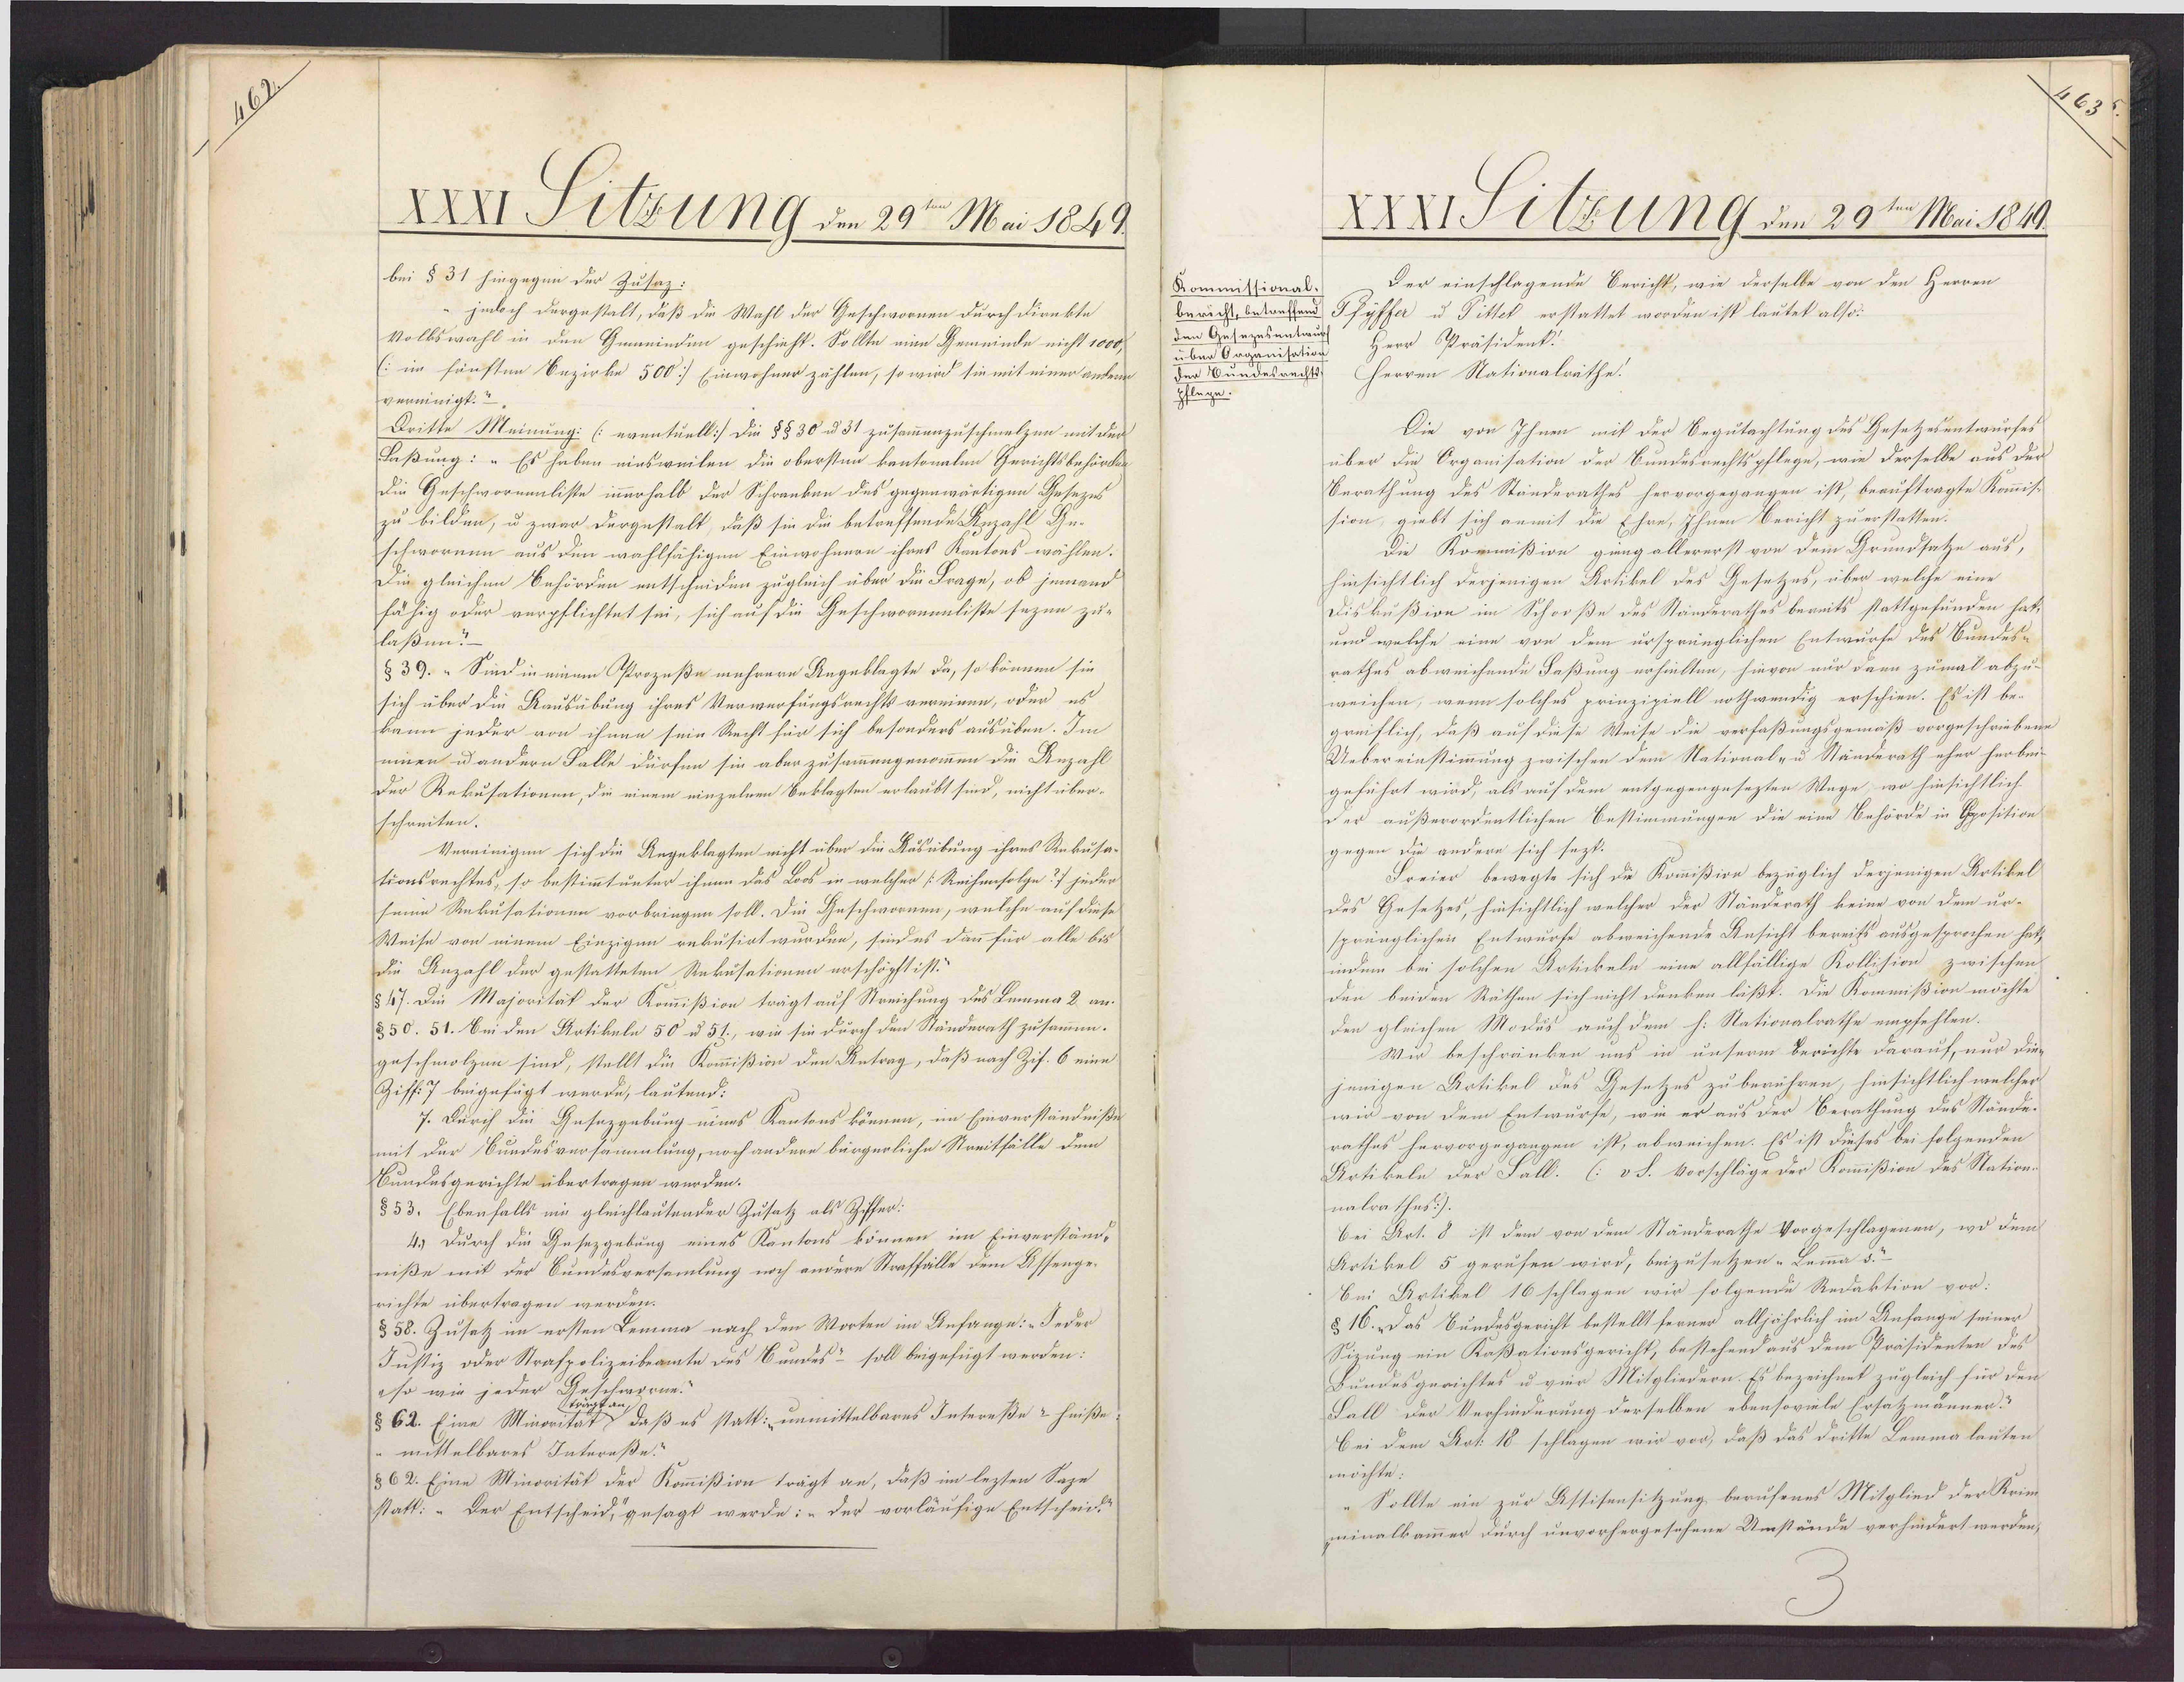
XXXI Fitzung den 29te Mai 1849
bei §31 hingegen der Zusaz:
jedoch dargestalt, daß die Wahl der Geschwornen durch dirnkte
Volkswahl in den Gemeinden geschieht. Sollte eine Gemeinde nicht 1000,
(:im fünsten Bezirke 500] Einwohner zählen, so wird sie mit einer andeun
verninigt."
Dritte Meinung: (eventuell:/ Die §§30 d 31 zusammenzuschmelzen mit der
Faßung: "Es haben einsweilen die obersten kantonalen Gerichtsbehördes
die Geschwormnnliste innerhalb der Schranken des gegenwärtigen Gesezes
zu bilden, u zwar dargestalt, daß sie die betreffende Apzahl Ge¬
schwornen aus den wahlfähigen Einwohnern ihres Kantons wählen.
Die gleichen Behörden entscheiden zugleich über die Frage, ob jemand
fähig oder verpflichtet sei, sich auf die Geschworenaliste sezen zu-
laßen?
§ 39. „ Sind in einem Prozeße mehrere Angeklagte da, so können sie
sich über die Kausübung ihres Verwerfungsrechtsvereinen, oder es
kann jeder von ihnen sein Recht für sich besonders ausüben. Im
einen u andern Falle dürfen sie aber zusammengenommen die Anzahl
Der Rekusationen, die einem einzelnen Beklagten erlaubt sind, nicht über¬
schreiten.
Vereinigen sich die Angeklagten nicht über die Ausübung ihres Rekusa-
tionsrechtes, so bestimmtunter ihmen das Loos in welcher /:Reihenfolge?) jeder
seine Rekusationen vorbringen soll. Die Geschwornen, welche auf diese
Weise von einem Einzigen rekusirt wurden, sind es dann für alle bis
die Anzahl der gestatteten Rekusationen erschöpft ist.
§47. Die Majorität der Kommißion trägt auf Streichung des Lemma 2 an¬
350. 51. Bei den Artikeln 50 u 51., wie sie durch den Ständerath zusammen.
geschmolzen sind, stellt die Kommißion den Antrag, daß nach Zif. 6 eine
Ziff. 7 beigefügt werde, lautend:
7. Durch die Gesezgebung eines Kantons können, im Einverständniße
mit der Bundesversammlung, noch andere bürgerliche Streitfälle dem
Bundesgerichte übertragen werden.
§53. Ebenfalls eie gleichlautender Zusatz als Ziffer:
4.) Durch die Gesezgebung eines Kantons können im Einverständ¬
niße mit der Bundesversamlung noch andere Straffälle dem Assenge¬
richte übertragen werden.
§58. Zusetz im ersten Lemma nach den Worten im Anfange: „Jeder
Justiz oder Strafpolizeibeamte des Bundes- soll beigefügt werden:
hwornn.
so wie jeder
§62. Eine Minora daß es statt: unmittelbares Intereße 2 heiße
"mittelbares Interaße!
§62. Eine Minorität der Kommißion trägt an, daß im lezten Saze
statt: "Der Entscheid, gesagt werde: „der vorläufige Entscheid

XXXI Slzung den 29ten Mai 1849.
Der einschlagende Bericht, wie derselbe von den Herren
Kommissional
bericht, betreffend Pfyffer u Pttet erstattet worden ist lautet also-
den Gesezesentwus
Herr Präsidenk.
über Organisation
Herren Nationalräthe.
der Wundesrechts
pflege
Die von Ihnen mit der Begutachtung des Gesetzesentwurfes
über die Organisation der Bundesrechtspflege, wie derselbe aus der
Berathung des Ständerathes hervorgegangen ist, beauftragte Kommis
sion, giebt sich anmit die Ehre, Ihnen Bericht zuerstatten.
Die Kommißion gung allererst von dem Grundsatze aus,
hinsichtlich derjenigen Artikel des Gesetzes, über welche eine
Diskußion im Schooße des Ständerathes bereits stattgefunden hatt
und welche eine von dem ursprünglichen Entwurfe des Bundes-
rathes abweichende Faßung erhielten, hievon nur dann zumal abzu-
weichen, wenn solches prinziziell nothwendig erschien. Es ist be-
greiflich, daß auf diese Weise die verfaßungsgemäß vorgeschriebene
Uebereinstimmung zwischen dem National- u Ständerath eher herbei
geführt wird, als auf dem entgegengesezten Wege, wo hinsichtlich
Der außerordentlichen Bestimmungen die eine Behörde in Oposition
gegen die andere sich sezt:
Freier bewegte sich die Kommißion bezüglich derjenigen Artikel
des Gesetzes, hinsichtlich welcher der Ständerath keine von dem ur-
sprünglichen Entwurfe abweichende Ansicht bereits ausgesprochen hat,
indem bei solchen Artickeln eine allfällige Kollision zwischen
den beiden Räthen sich nicht denken läßt. Die Kommißion möchte
den gleichen Modus auch dem h. Nationalrathe empfehlen.
Wir beschränken uns in unserm Berichte darauf, nur dieg
jenigen Artikel des Gesetzes zu berühren, hinsichtlich welcher
wir von dem Entwurfe, wie er aus der Berathung des Stände-
rathes hervorgegangen ist, abweichen. Es ist dieses bei folgenden
Artikeln der Fall. (: v S. Vorschläge der Kommißion des Station-
nalra thes:).
bei Art. 8 ist dem von dem Ständerathe Vorgeschlagenen, wo dem
Artikel 5 gerufen wird, beizusetzen-Lemma s.
Bei Artikel 16 schlagen wir folgende Redaktion vor:
§ 16. „Das Bundesgericht bestellt ferner alljährlich im Anfange seiner
Sizung ein Kaßationsgericht, bestehend aus dem Präsidenten des
Bundesgerichtes u vier Mitgliedern. Es bezeichnet zugleich für den
Sall der Verhinderung derselben ebensoviele Ersatzmännen?
Bei dem Art. 18 schlagen wir vor, daß das dritte Lemmalauten
möchte:
"Sollte ein zur Astifensitzung berufenes Mitglied der Reim
minalkammer durch unvorhergesehene Umstände verhindert werden,

63